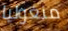
منغوليا